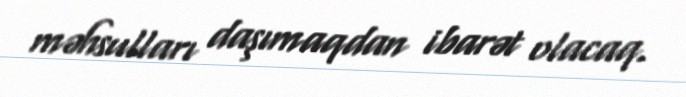
məhsulları daşımaqdan ibarət olacaq.